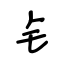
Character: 钅